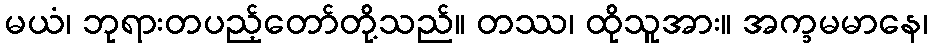
မယံ၊ ဘုရားတပည့်တော်တို့သည်။ တဿ၊ ထိုသူအား။ အက္ခမမာနေ၊